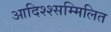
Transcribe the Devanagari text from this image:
आदिश्श्सम्मिलित